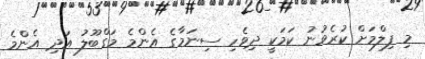
މި ފިލްމަށް ކުރެވުނު ކަމަކީ ދިވެހި ސިނަމާގެ އެންމެ މަގްބޫލު އަދި އެންމެ